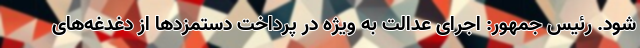
شود. رئیس جمهور: اجرای عدالت به ویژه در پرداخت دستمزدها از دغدغه‌های